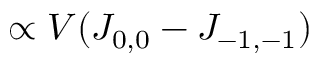
\propto V ( J _ { 0 , 0 } - J _ { - 1 , - 1 } )